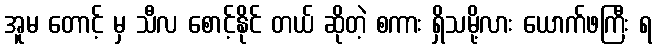
အူမ တောင့် မှ သီလ စောင့်နိုင် တယ် ဆိုတဲ့ စကား ရှိသမို့လား ယောက်ဖကြီး ရ